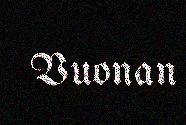
Vuonan